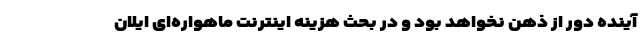
آینده دور از ذهن نخواهد بود و در بحث هزینه اینترنت ماهواره‌ای ایلان